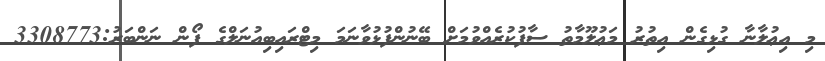
މި އިޢުލާނާ ގުޅިގެން އިތުރު މަޢުލޫމާތު ސާފުކުރެއްވުމަށް ބޭނުންފުޅުވާނަމަ މިޓްރައިބިއުނަލްގެ ފޯން ނަންބަރު:3308773